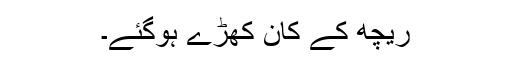
ریچھ کے کان کھڑے ہوگئے۔